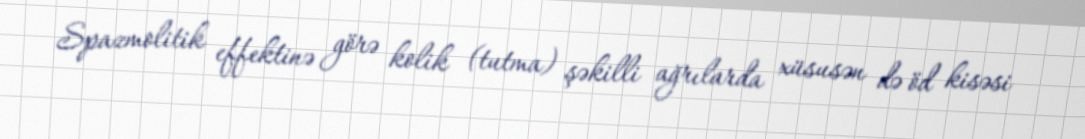
Spazmolitik effektinə görə kolik (tutma) şəkilli ağrılarda xüsusən də öd kisəsi